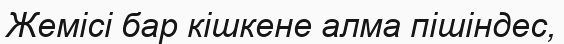
Жемісі бар кішкене алма пішіндес,